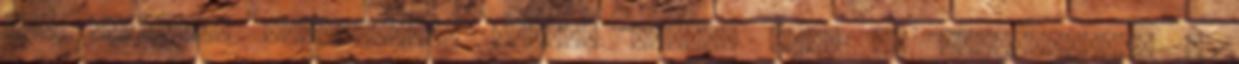
egy ormótlan bürokráciát hozott létre, hogy az foglalkozzon a